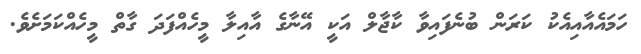
ހަމައެއާއިއެކު ކަރަން ބުނެފައިވާ ކާޖާލް އަކީ އޭނާގެ އާއިލާ މީހެއްފަދަ ގާތް މީހެއްކަމަށެވެ.